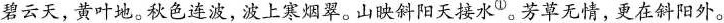
碧云天，黄叶地。秋色连波，波上寒烟翠。山映斜阳天接水^{①}。芳草无情，更在斜阳外。